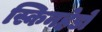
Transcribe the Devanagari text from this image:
स्किनहेडों